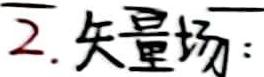
2. 矢量场：